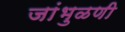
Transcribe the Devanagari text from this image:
जांभुळणी